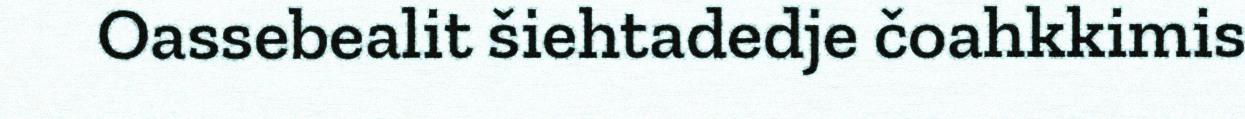
Oassebealit šiehtadedje čoahkkimis